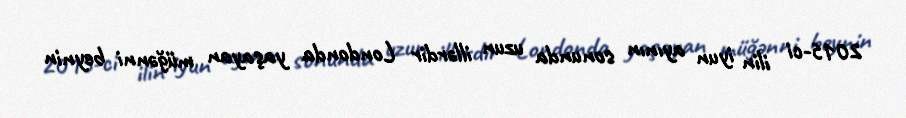
2015-ci ilin iyun ayının sonunda uzun illərdir Londonda yaşayan müğənni beynin